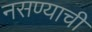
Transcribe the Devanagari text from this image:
नसण्याची